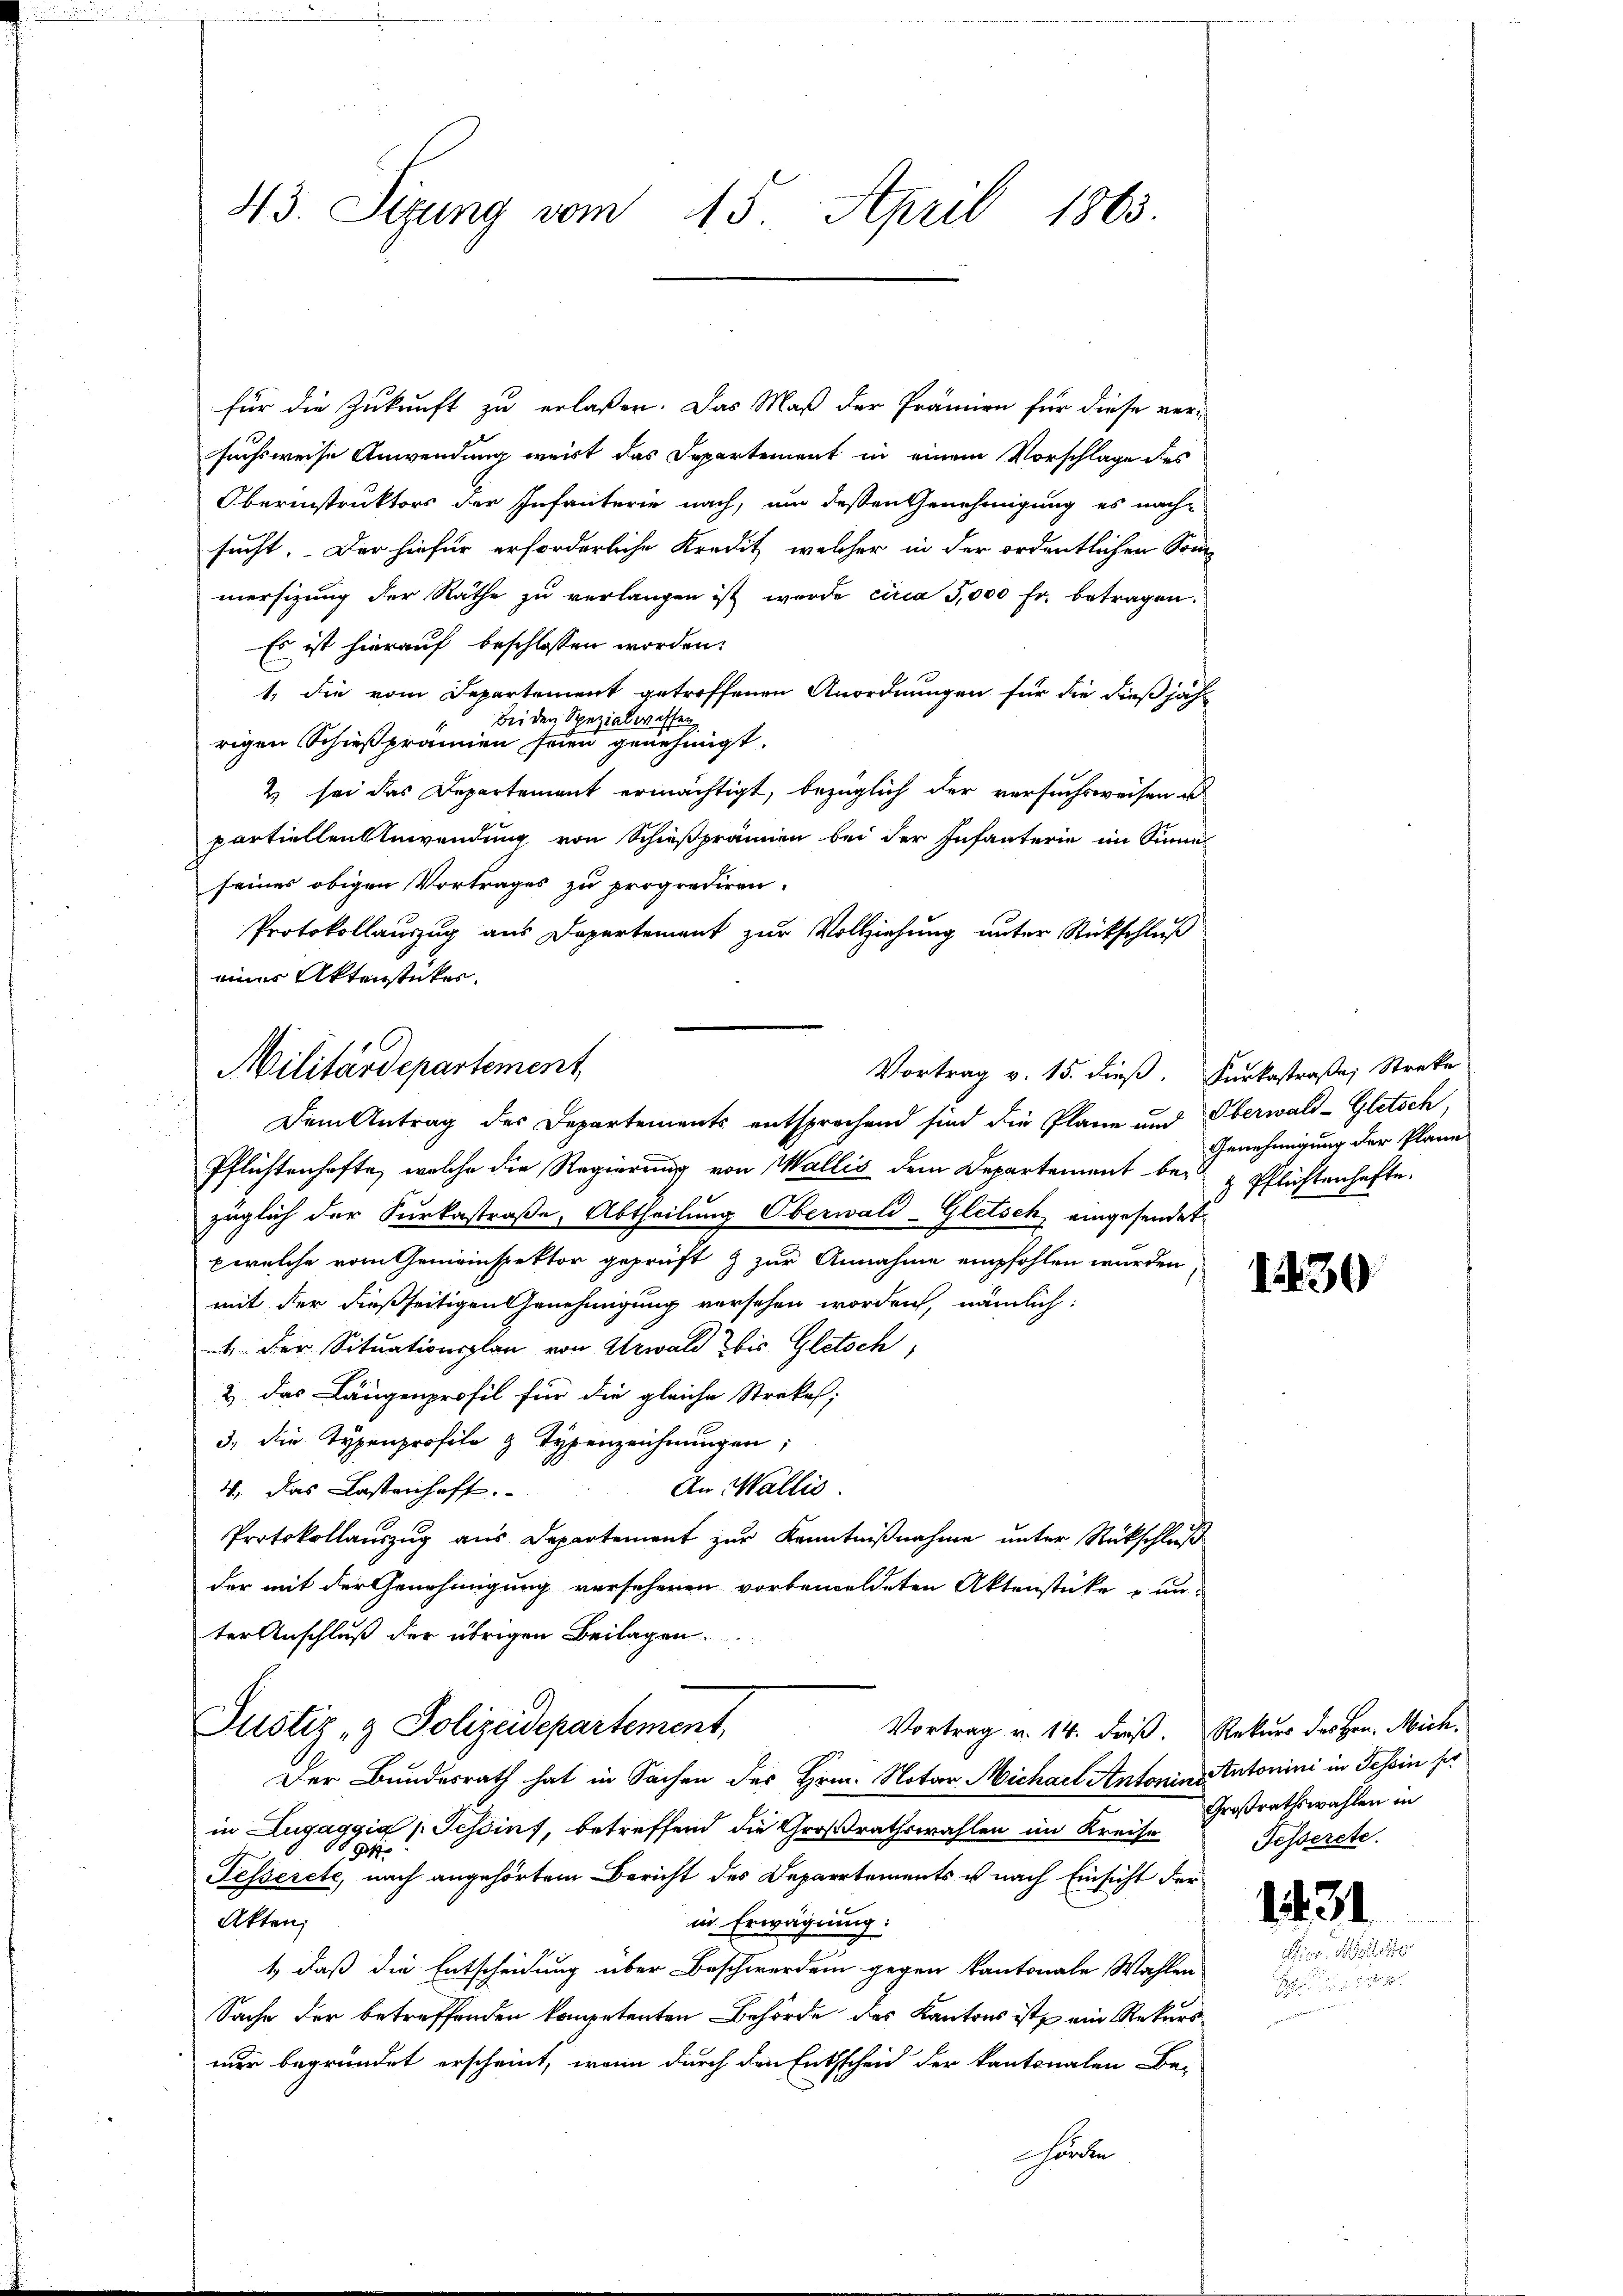
43. Sizung vom 15. April 1863.

für die Zukunft zu erlaßen. Das Maß der Prämien für diese ver-
suchsweise Anwendung weist das Departement in einem Vorschlage des
Oberinstruktors der Infanterie nach, um dessen Genehmigung es nach-
sucht. Der hiefür erforderliche Kredit, welcher in der ordentlichen Sommersizung der Räthe zu verlangen ist wurde circa 5,000 Fr. betragen.
Es ist hierauf beschlossen worden.
1. die vom Departement getroffenen Anordnungen für die dießjähr
Bei den Spezialwissen
rigen Schießprämien seien genehmigt.
2) sei das Departement ermächtigt, bezüglich der versuchsweisen u
partiellen Anwendung von Schießprämien bei der Infanterie im Sinne
seines obigen Vortrages zu proprediren.
Protokollauszug aus Departement zur Vollziehung unter Rückschluß
eines Aktenstücker.
Vortrag v. 15. dieß. Furkastraße, Streke
Dem Antrag des Departements entsprechend sind die Plane und Oberwald-Gletsch,
Pflichtenhafte, welche die Regierung von Wallis dem Departement bezüglich der Furkastraße, Abtheilung Oberwald-Gletsch eingesendet
pwelche vom Gemeinspektor geprüft & zur Annahme empfohlen wurden
mit der dießseitigen Genehmigung versehen worden, nämlich:
4 der Situationsplan von Urwald bis Gletsch,
2 das Längenprofil für die gleiche Strekel;
3., die Typenprofile z. Typenzeichnungen;
An Wallis
4. Das Lastenhaft.
Protokollaŭszŭg aŭs Departement zŭr Kenntniβnahme ŭnter Rückschlŭβ
der mit der Genehmigung versehenen vorbemeldeten Aktenstücke unter Anschluß der übrigen Beilagen.
Justiz- & Polizeidepartement,
Vortrag v. 14. dieß. Rekurs der Hern. Mich.
Der Bundesrath hat in Sachen des Hrn. Notar Michael Antonins Autonini in Tessin her
in Lugaggia (Tessins, betreffend die Großrathswahlen im Kreise
g
Fesserete, nach angehörtem Bericht des Departements u nach Einsicht der
Akten,
in Erwägung:
1., daß die Entscheidung über Beschwerden gegen kantonale Wahlen
Sache der betreffenden kompetenten Behörde des Kantons ist ein Rekursnur begründet erscheint, wenn durch den Entscheid der kantonalen Be-
hörte

Militärdepartement,

Genehmigung der Plane
 Pflichtenhafte.

130

Großrathswahlen in
Fesserete.

1431
Aiss. Ma